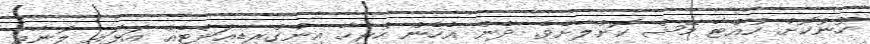
ހޫނުކޮށް ހުއްޓާ މޭޝް ކޮށްލާށެވެ. ދެން އެހެން ހުރިހާ އިންގްރިޑިއަންޓެއް އަޅައި ލޮނާއި